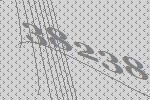
38238